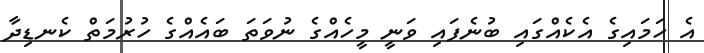
އެ ހަމައިގެ އެކެއްގައި ބުނެފައި ވަނީ މީހެއްގެ ނުވަތަ ބައެއްގެ ހުރުމަތް ކެނޑިދާ